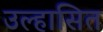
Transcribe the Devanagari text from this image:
उल्हासित